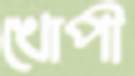
খোপী